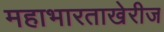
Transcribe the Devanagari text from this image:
महाभारताखेरीज